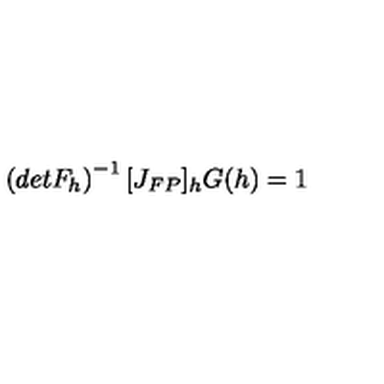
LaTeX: \left( d e t F _ { h } \right) ^ { - 1 } [ J _ { F P } ] _ { h } G ( h ) = 1